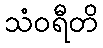
သံဝရီတိ